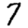
Digit: 7